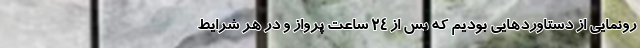
رونمایی از دستاوردهایی بودیم که پس از ۲۴ ساعت پرواز و در هر شرایط